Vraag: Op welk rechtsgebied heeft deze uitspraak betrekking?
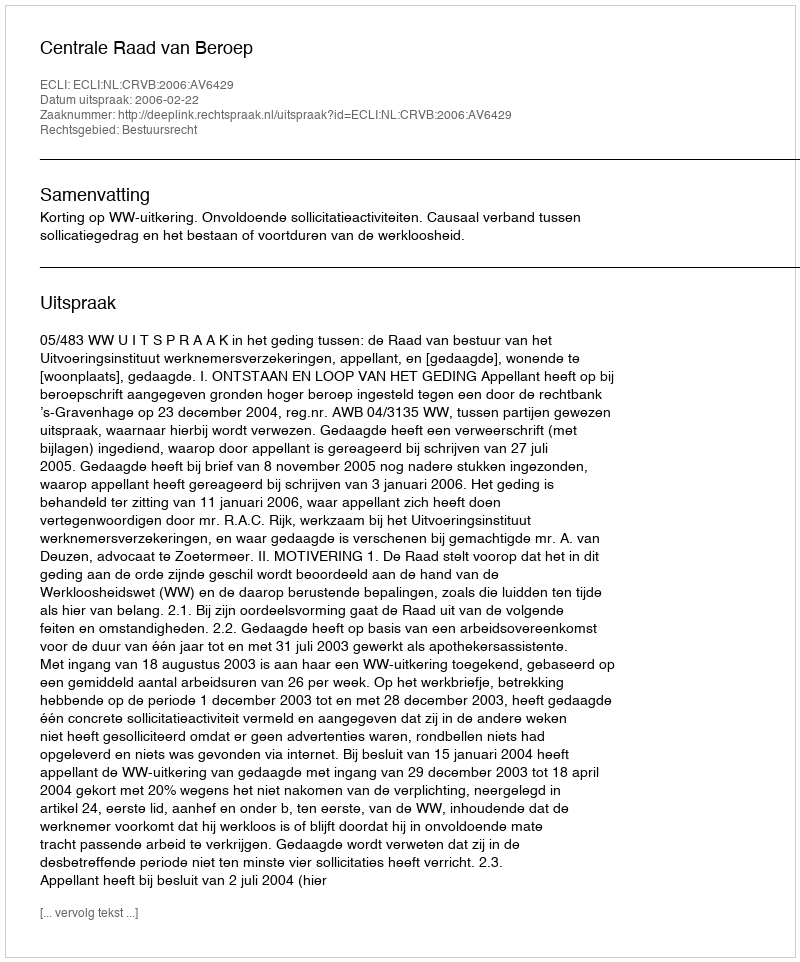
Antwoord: Bestuursrecht